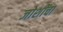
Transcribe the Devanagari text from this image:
जोशींचा